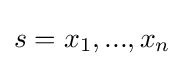
s=x_{1},...,x_{n}